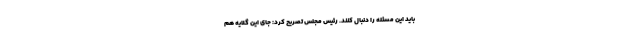
باید این مسئله را دنبال کنند. رئیس مجلس تصریح کرد: جای این گلایه هم